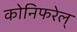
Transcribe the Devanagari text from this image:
कोनिफरेल्